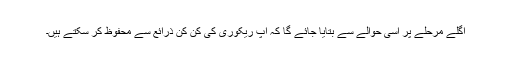
اگلے مرحلے پر اسی حوالے سے بتایا جائے گا کہ آپ ریکوری کی کن کن ذرائع سے محفوظ کر سکتے ہیں۔